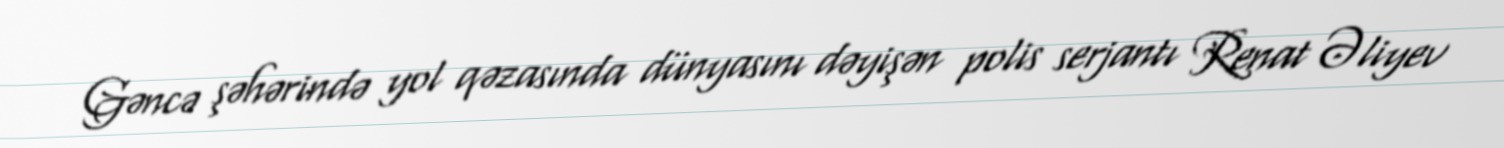
Gəncə şəhərində yol qəzasında dünyasını dəyişən polis serjantı Renat Əliyev